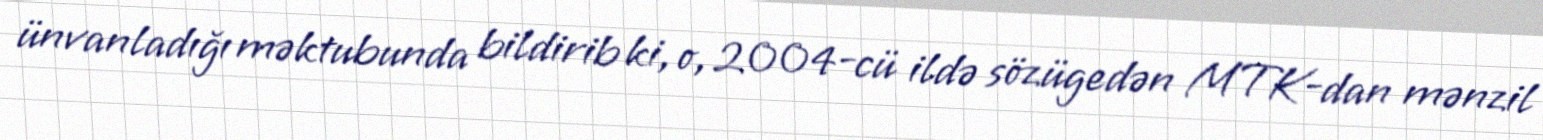
ünvanladığı məktubunda bildirib ki, o, 2004-cü ildə sözügedən MTK-dan mənzil